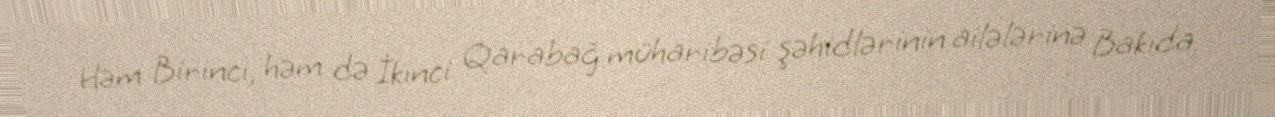
Həm Birinci, həm də İkinci Qarabağ müharibəsi şəhidlərinin ailələrinə Bakıda,